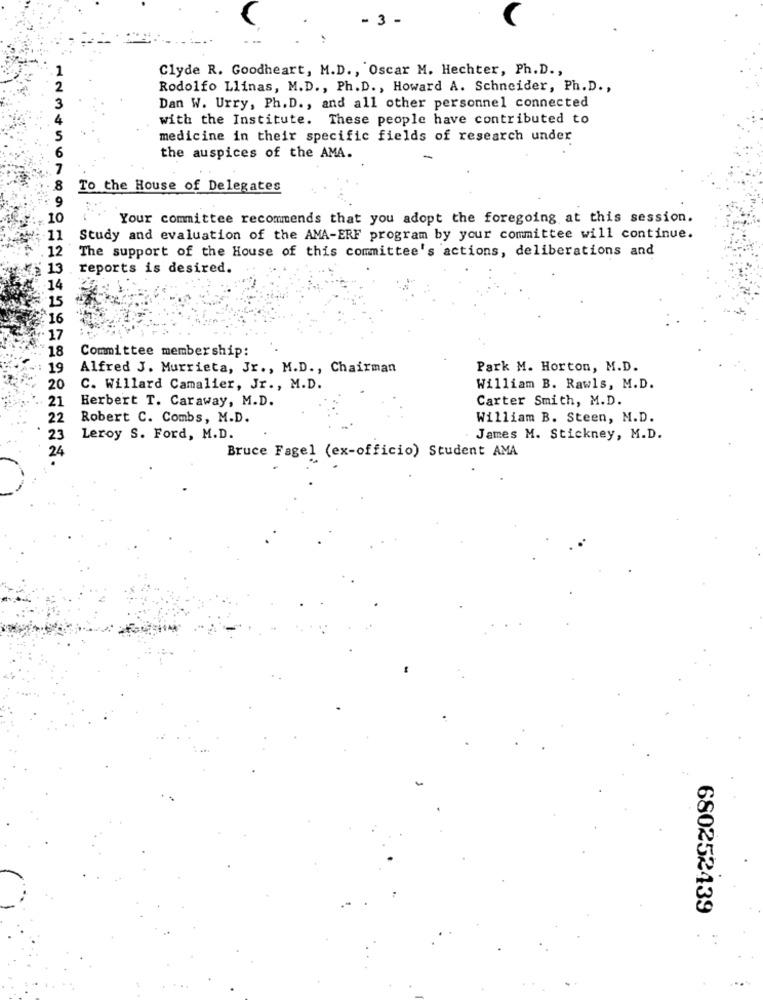
- 3 -
1
Clyde R. Goodheart, M.D ., Oscar M. Hechter, Ph.D .,
2
Rodolfo Llinas, M.D ., Ph. D ., Howard A. Schneider, Ph.D .,
Dan W. Urry, Ph. D ., and all other personnel connected
with the Institute. These people have contributed to
medicine in their specific fields of research under
the auspices of the AMA.
To the House of Delegates
10
Your committee recommends that you adopt the foregoing at this session.
11
Study and evaluation of the AMA-ERF program by your committee will continue.
12
The support of the House of this committee's actions, deliberations and
reports is desired.
¥16
17
18
Committee membership:
19
Alfred J. Murrieta, Jr ., M.D ., Chairman
Park M. Horton, M.D.
20
C. Willard Camalier, Jr ., M.D.
William B. Rawls, M.D.
21
Carter Smith, M.D.
Herbert T. Caraway, M.D.
22
Robert C. Combs, M.D.
William B. Steen, M.D.
23
Leroy S. Ford, M.D.
James M. Stickney, M.D.
24
Bruce Fagel (ex-officio) Student AMA
680252439